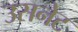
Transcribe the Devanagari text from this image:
उसनेट